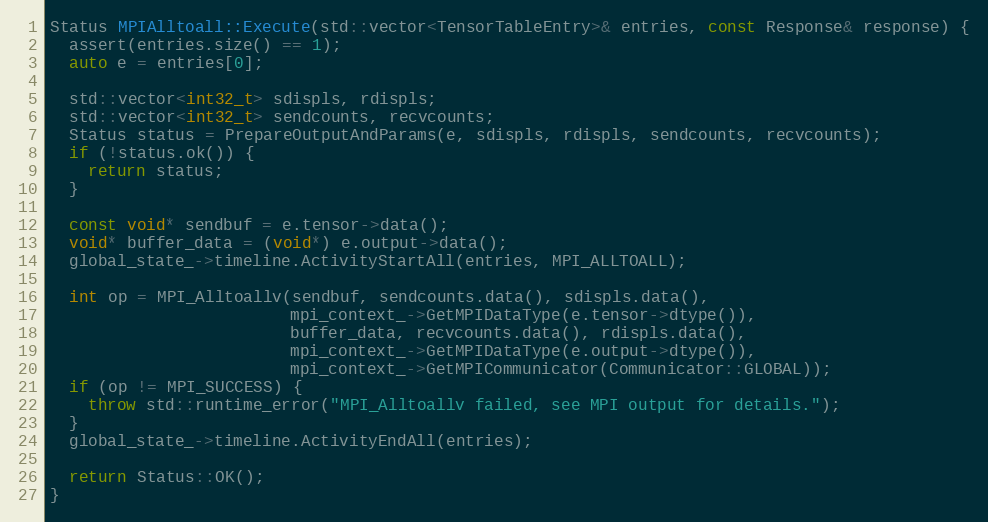
Language: C++
Status MPIAlltoall::Execute(std::vector<TensorTableEntry>& entries, const Response& response) {
  assert(entries.size() == 1);
  auto e = entries[0];

  std::vector<int32_t> sdispls, rdispls;
  std::vector<int32_t> sendcounts, recvcounts;
  Status status = PrepareOutputAndParams(e, sdispls, rdispls, sendcounts, recvcounts);
  if (!status.ok()) {
    return status;
  }

  const void* sendbuf = e.tensor->data();
  void* buffer_data = (void*) e.output->data();
  global_state_->timeline.ActivityStartAll(entries, MPI_ALLTOALL);

  int op = MPI_Alltoallv(sendbuf, sendcounts.data(), sdispls.data(),
                         mpi_context_->GetMPIDataType(e.tensor->dtype()),
                         buffer_data, recvcounts.data(), rdispls.data(),
                         mpi_context_->GetMPIDataType(e.output->dtype()),
                         mpi_context_->GetMPICommunicator(Communicator::GLOBAL));
  if (op != MPI_SUCCESS) {
    throw std::runtime_error("MPI_Alltoallv failed, see MPI output for details.");
  }
  global_state_->timeline.ActivityEndAll(entries);

  return Status::OK();
}